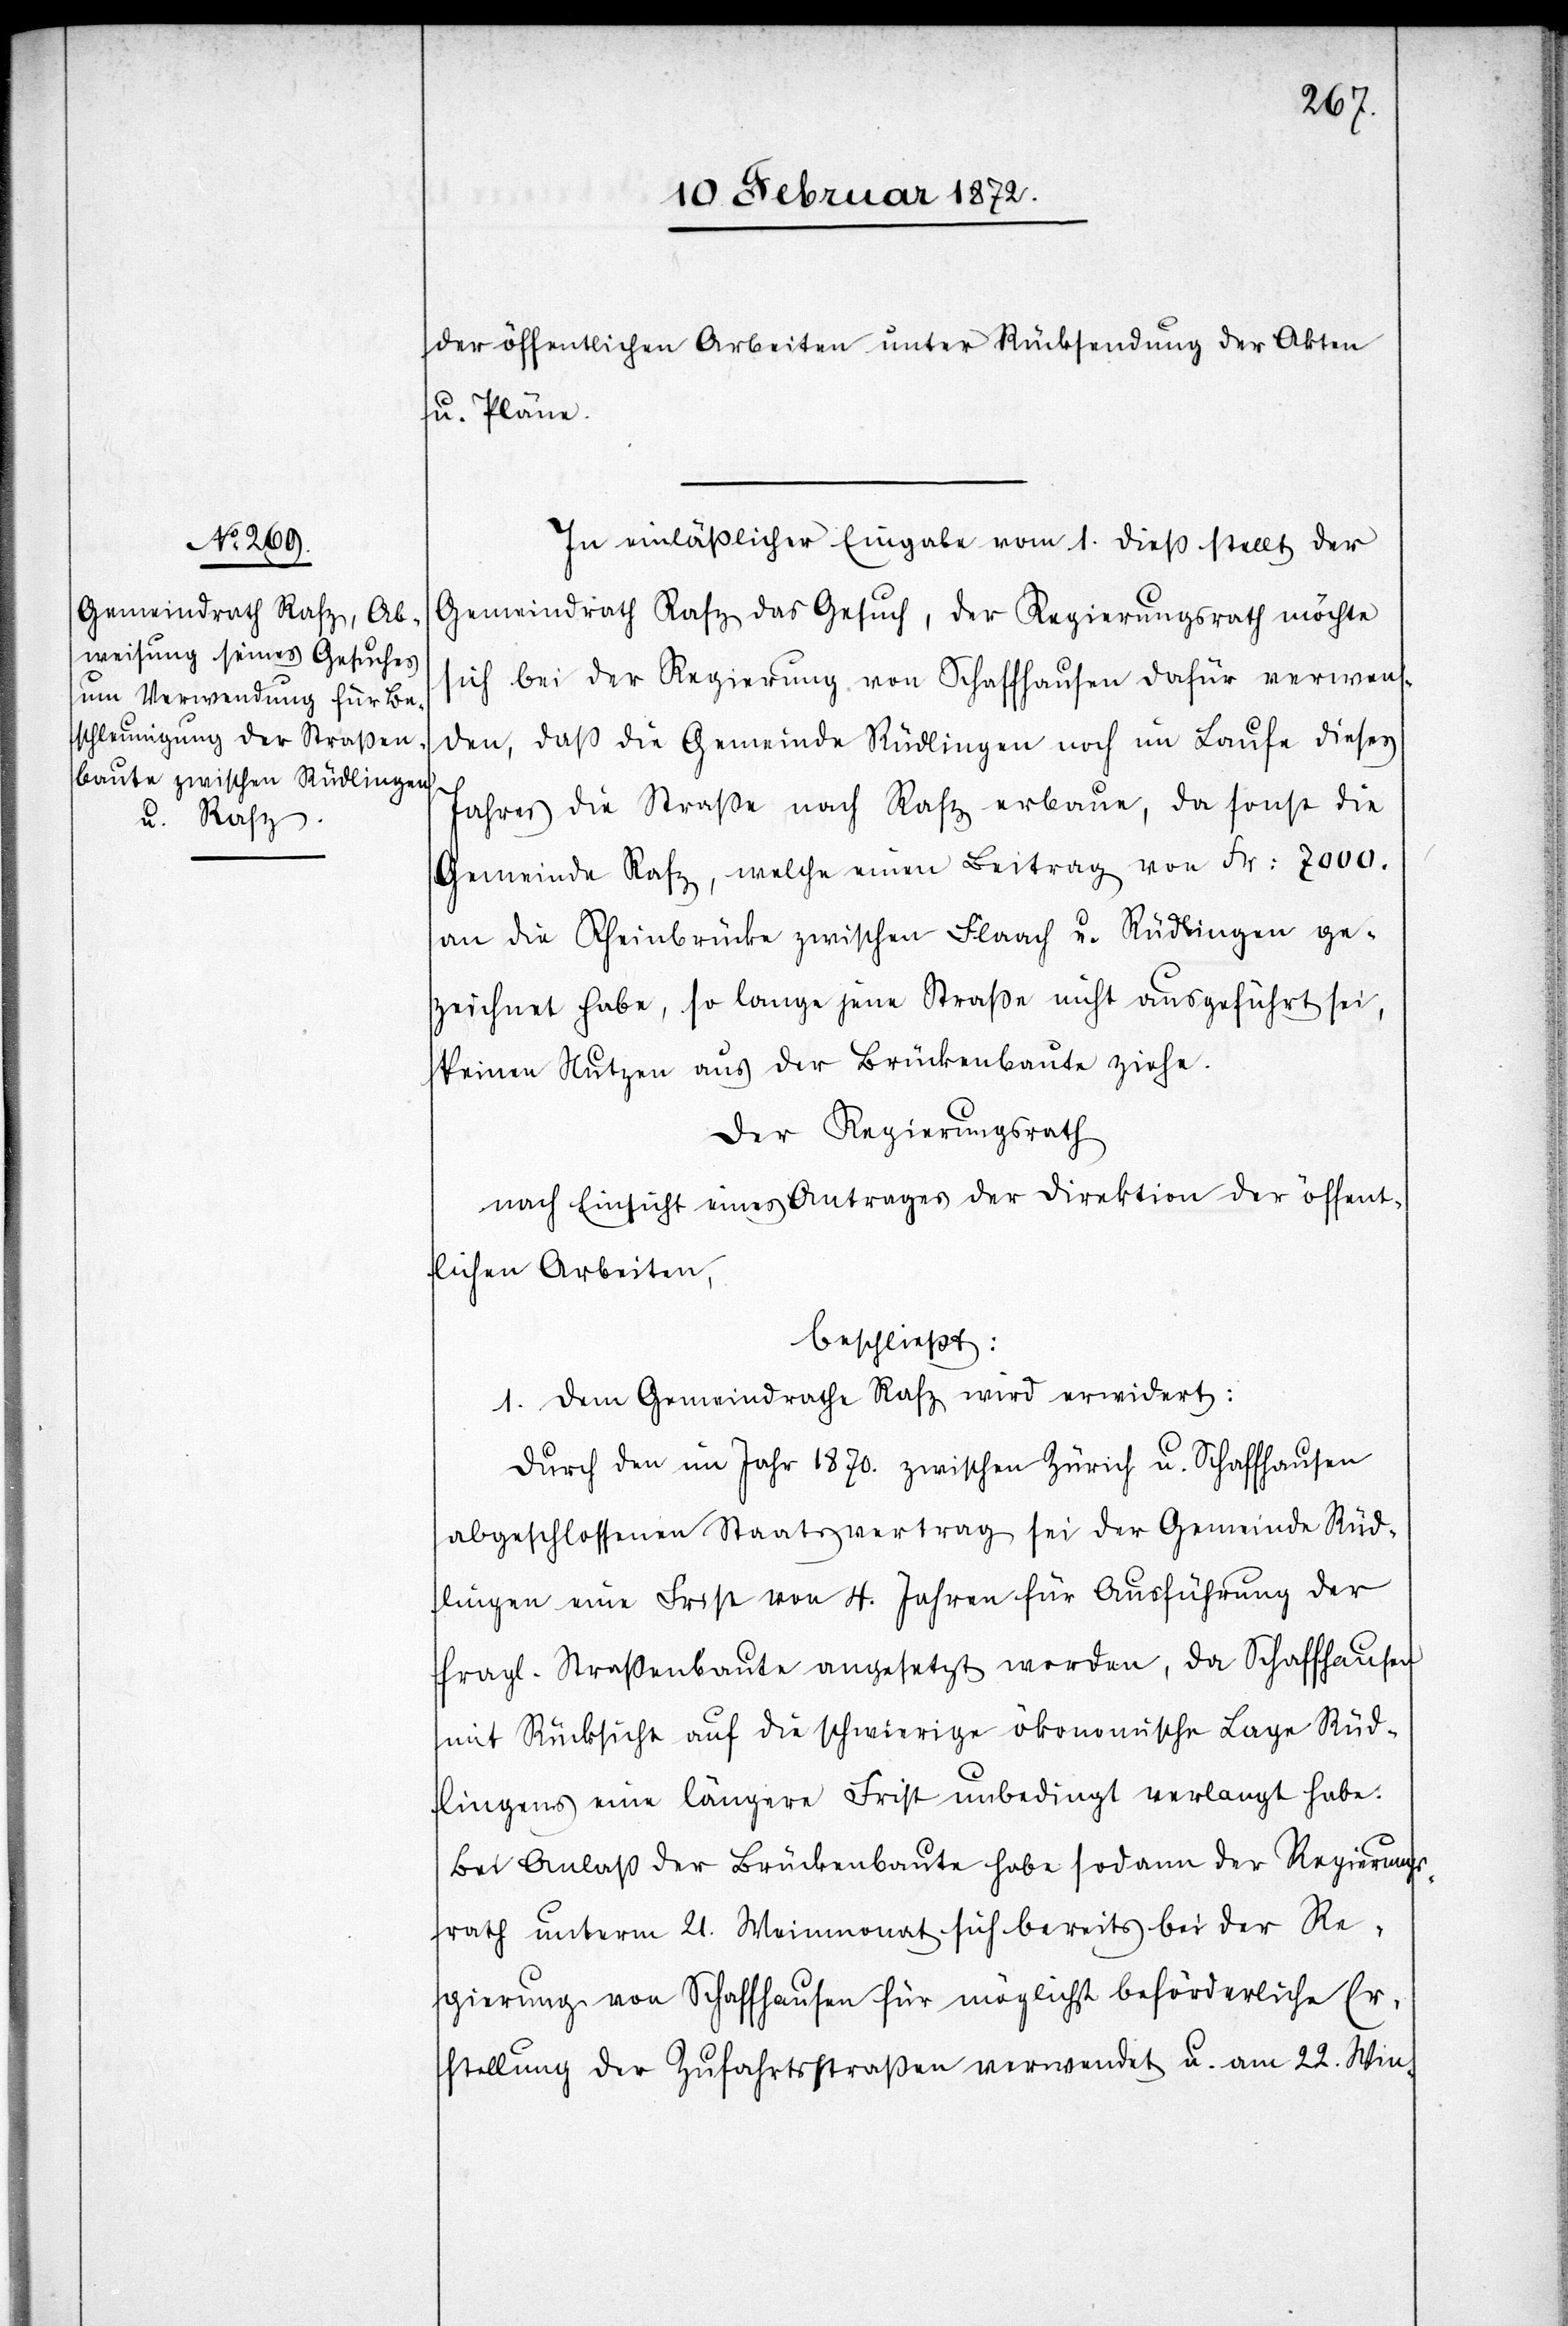
der öffentlichen Arbeiten unter Rücksendung der Akten
u. Pläne.
In einläßlicher Eingabe vom 1. dieß stellt der
Gemeindrath Rafz das Gesuch, der Regierungsrath möchte
sich bei der Regierung von Schaffhausen dafür verwen¬
den, daß die Gemeinde Rüdlingen noch im Laufe dieses
Jahres die Straße nach Rafz erbaue, da sonst die
Gemeinde Rafz, welche einen Beitrag von Fr. 7000.
an die Rheinbrücke zwischen Flaach u. Rüdlingen ge¬
zeichnet habe, so lange jene Straße nicht ausgeführt sei,
keinen Nutzen aus der Brückenbaute ziehe.
Der Regierungsrath
nach Einsicht eines Antrages der Direktion der öffent¬
lichen Arbeiten,
beschließt:
1. Dem Gemeindrathe Rafz wird erwidert:
Durch den im Jahr 1870. zwischen Zürich u. Schaffhausen
abgeschlossenen Staatsvertrag sei der Gemeinde Rüd¬
lingen eine Frist von 4. Jahren für Ausführung der
fragl. Straßenbaute angesetzt worden, da Schaffhausen
mit Rücksicht auf die schwierige ökonomische Lage Rüd¬
lingens eine längere Frist unbedingt verlangt habe.
Bei Anlaß der Brückenbaute habe sodann der Regierungs¬
rath unterm 21. Weinmonat sich bereits bei der Re¬
gierung von Schaffhausen für mögliche beförderliche Er¬
stellung der Zufahrtsstraßen verwendet u. am 22. Win-